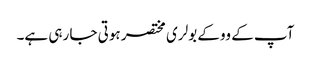
آپ کے ووکے بولری مختصر ہوتی جا رہی ہے۔